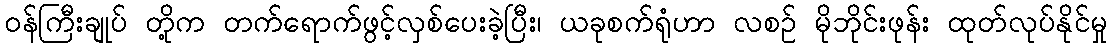
ဝန်ကြီးချုပ် တို့က တက်ရောက်ဖွင့်လှစ်ပေးခဲ့ပြီး၊ ယခုစက်ရုံဟာ လစဉ် မိုဘိုင်းဖုန်း ထုတ်လုပ်နိုင်မှု